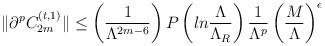
LaTeX: \begin{align*}\|\partial^pC_{2m}^{(t,1)}\|\leq \left({1\over\Lambda^{2m-6}}\right)P\left(ln{\Lambda\over\Lambda_R}\right){1\over\Lambda^p}\left({M\over\Lambda}\right)^{\epsilon}\end{align*}